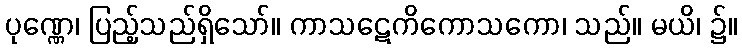
ပုဏ္ဏေ၊ ပြည့်သည်ရှိသော်။ ကာသဋေကိကောသကော၊ သည်။ မယိ၊ ၌။